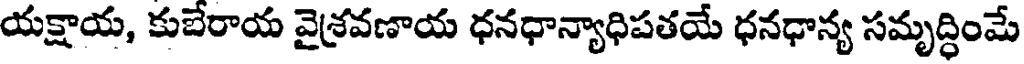
యక్షాయ, కుబేరాయ వైశ్రవణాయ ధనధాన్యాధిపతయే ధనధాన్య సమృద్ధింమే